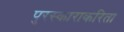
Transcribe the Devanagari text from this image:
पुरस्काराकरिता